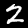
Label: 2